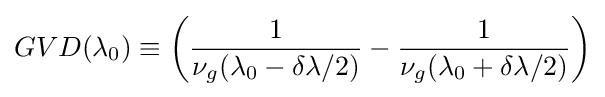
GVD(\lambda _{0})\equiv \left({\frac {1}{\nu _{g}(\lambda _{0}-\delta \lambda /2)}}-{\frac {1}{\nu _{g}(\lambda _{0}+\delta \lambda /2)}}\right)